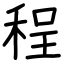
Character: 程